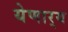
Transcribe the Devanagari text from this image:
येणार्‍य